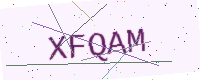
Text: XFQAM